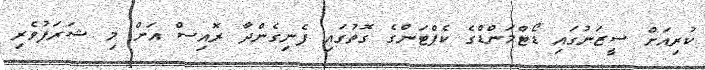
ކުރިއަށް ސީޒަނުގައި ޑޯޓްމަންޑްގެ ކެޕްޓަންގެ ގޮތުގައި ފެނިގެންދާ ރޮއިސް އަށް މި ޝަރަފުވެރި